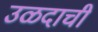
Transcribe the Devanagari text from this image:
उळदाची